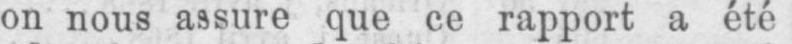
on nous assure que ce rapport a été